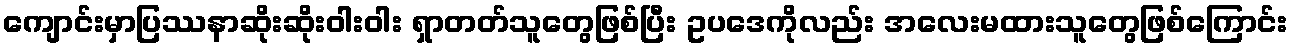
ကျောင်းမှာပြဿနာဆိုးဆိုးဝါးဝါး ရှာတတ်သူတွေဖြစ်ပြီး ဥပဒေကိုလည်း အလေးမထားသူတွေဖြစ်ကြောင်း